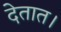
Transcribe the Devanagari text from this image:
देतात।